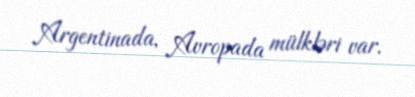
Argentinada, Avropada mülkləri var.